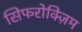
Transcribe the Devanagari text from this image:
सिफरोक्ज़िम